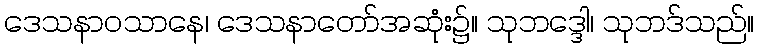
ဒေသနာဝသာနေ၊ ဒေသနာတော်အဆုံး၌။ သုဘဒ္ဒေါ၊ သုဘဒ်သည်။